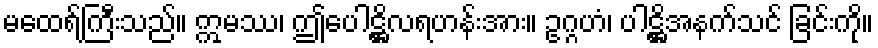
မထေရ်ကြီးသည်။ ဣမဿ၊ ဤပေါဋ္ဌိလရဟန်းအား။ ဥဂ္ဂဟံ၊ ပါဋ္ဌိအနက်သင် ခြင်းကို။